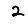
Digit: 2